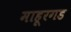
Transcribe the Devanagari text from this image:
माहूरगड